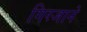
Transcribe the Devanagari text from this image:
गिरजाने